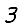
Digit: 3